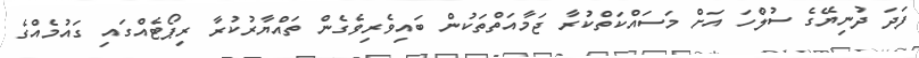
ފަދަ ދުނިޔޭގެ ސުލްހަ އަށް މަސައްކަތްކުރާ ޖަމާއަތްތަކުން ބައިވެރިވެގެން ތައްޔާރުކުރާ ރިޕޯޓެއްގައި ގައުމެއްގެ